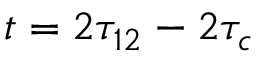
t = 2 \tau _ { 1 2 } - 2 \tau _ { c }